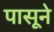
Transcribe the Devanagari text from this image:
पासूने